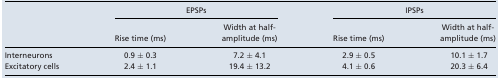
|  | <COLSPAN=2> EPSPs | <COLSPAN=2> IPSPs |
 |  |  | Width at half‐ |  | Width at half‐ |
 |  | Rise time (ms) | amplitude (ms) | Rise time (ms) | amplitude (ms) |
 | --- | --- | --- | --- | --- |
 | Interneurons | 0.9 ± 0.3 | 7.2 ± 4.1 | 2.9 ± 0.5 | 10.1 ± 1.7 |
 | Excitatory cells | 2.4 ± 1.1 | 19.4 ± 13.2 | 4.1 ± 0.6 | 20.3 ± 6.4 |